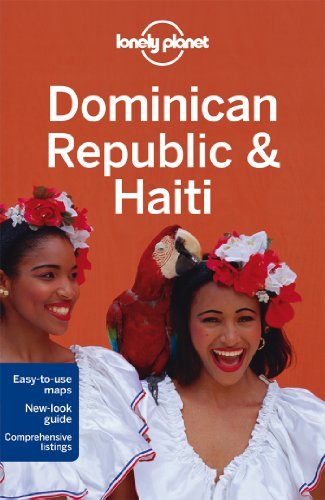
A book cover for By Paul Clammer Lonely Planet Dominican Republic & Haiti (Travel Guide) (5th Fifth Edition) [Paperback]; Travel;